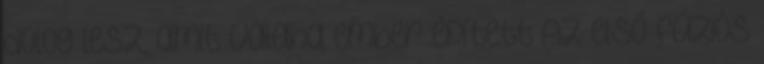
dolog lesz, amit valaha ember épített Az első fúziós